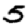
Digit: 5